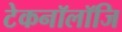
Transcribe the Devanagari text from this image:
टेकनॉलॉजि